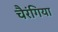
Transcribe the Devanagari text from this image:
चैरंगिया